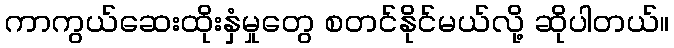
ကာကွယ်ဆေးထိုးနှံမှုတွေ စတင်နိုင်မယ်လို့ ဆိုပါတယ်။